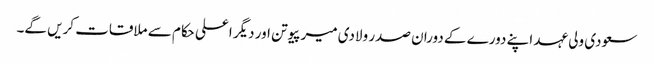
سعودی ولی عہد اپنے دورے کے دوران صدر ولادی میر پیوتن اور دیگر اعلی حکام سے ملاقات کریں گے۔